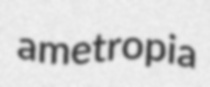
ametropia